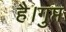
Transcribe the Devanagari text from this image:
है।गुप्त